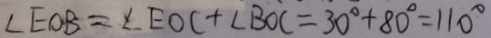
\angle E O B = \angle E O C + \angle B O C = 3 0 ^ { \circ } + 8 0 ^ { \circ } = 1 1 0 ^ { \circ }